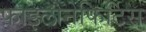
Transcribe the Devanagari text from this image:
फ़ाइलोनेफिर्टिस